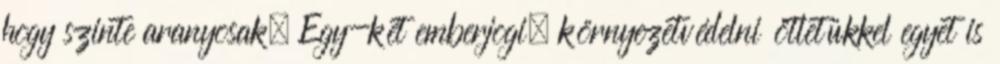
hogy szinte aranyosak. Egy-két emberjogi, környezetvédelni ötletükkel egyet is